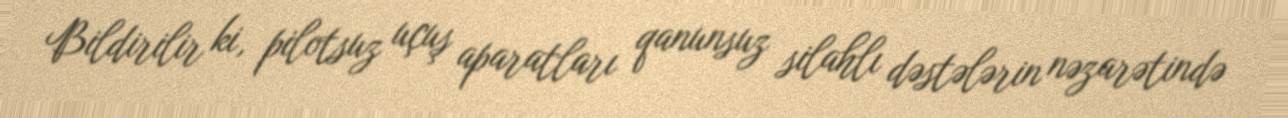
Bildirilir ki, pilotsuz uçuş aparatları qanunsuz silahlı dəstələrin nəzarətində